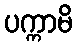
ပက္ကာမိ